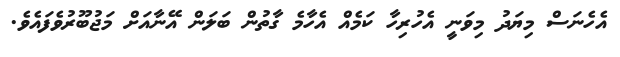
އެހެނަސް މިޔަދު މިވަނީ އެހުރިހާ ކަމެއް އެހާމެ ގާތުން ބަލަން އޭނާއަށް މަޖުބޫރުވެފައެވެ.